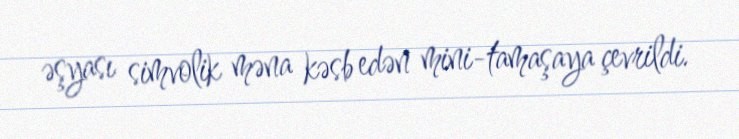
əşyası simvolik məna kəsb edən mini-tamaşaya çevrildi.